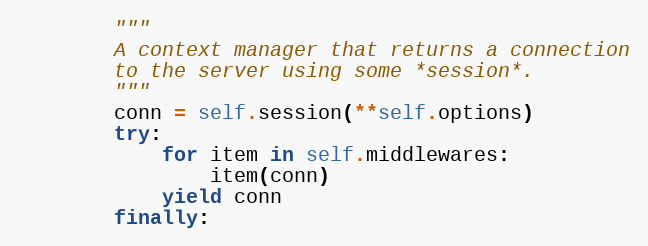
Language: Python
        """
        A context manager that returns a connection
        to the server using some *session*.
        """
        conn = self.session(**self.options)
        try:
            for item in self.middlewares:
                item(conn)
            yield conn
        finally: